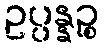
ဥပ္ပန္နဉ္စ